Report of the Indian Hemp Drugs Commission, 1894-1895 - Volume V
Year: 1894
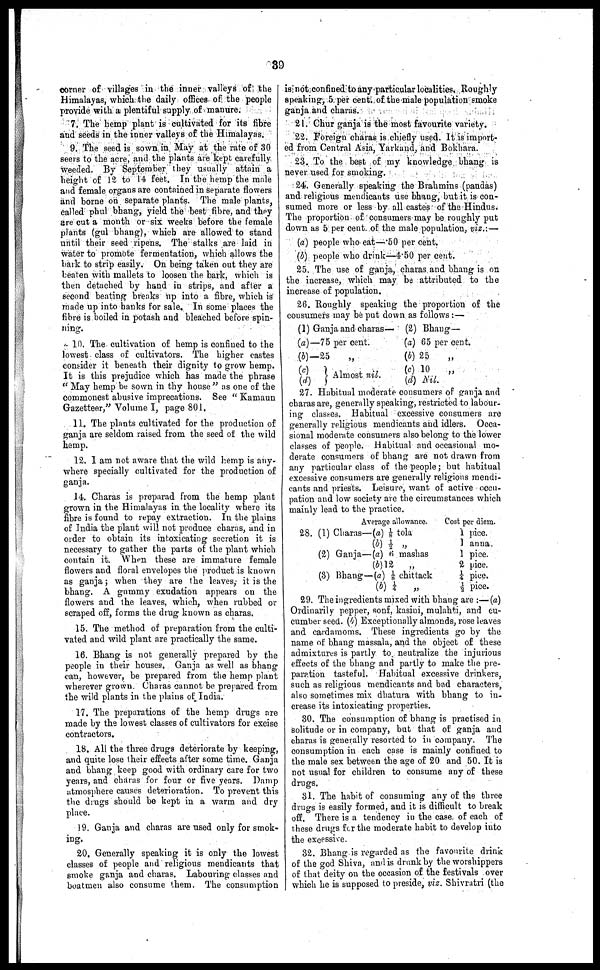
39
corner of villages in the inner valleys of the
Himalayas, which the daily offices of the people
provide with a plentiful supply of manure.
7. The hemp plant is cultivated for its fibre
and seeds in the inner valleys of the Himalayas.
9. The seed is sown in May at the rate of 30
seers to the acre, and the plants are kept carefully
weeded. By September they usually attain a
height of 12 to 14 feet. In the hemp the male
and female organs are contained in separate flowers
and borne on separate plants. The male plants,
called phul bhang, yield the best fibre, and they
are cut a month or six weeks before the female
plants (gul bhang), which are allowed to stand
until their 6eed ripens. The stalks are laid in
water to promote fermentation, which allows the
bark to strip easily. On being taken out they are
beaten with mallets to loosen the bark, which is
then detached by hand in strips, and after a
second beating breaks up into a fibre, which is
made up into hanks for sale. In some places the
fibre is boiled in potash and bleached before spin
ning.
10. The cultivation of hemp is confined to the
lowest class of cultivators. The higher castes
consider it beneath their dignity to grow hemp.
It is this prejudice which has made the phrase
"May hemp be sown in thy house" as one of the
commonest abusive imprecations. See "Kamaun
Gazetteer," Volume I, page 801.
11. The plants cultivated for the production of
ganja are seldom raised from the seed of the wild
hemp.
12. 1 am not aware that the wild hemp is any
where specially cultivated for the production of
ganja.
14. Charas is preparad from the hemp plant
f rown in the Himalayas in the locality where its
fibre is found to repay extraction. In the plains
of India the plant will not produce charas, and in
order to obtain its intoxicating secretion it is
necessary to gather the parts of the plant which
contain it. When these are immature female
flowers and floral envelopes the product is known
as ganja; when they are the leaves, it is the
bhang. A gummy exudation appears on the
flowers and the leaves, which, when rubbed or
scraped off, forms the drug known as charas.
15. The method of preparation from the culti
vated and wild plant are practically the same.
16. Bhang is not generally prepared by the
people in their houses. Ganja as well as bhang
can, however, be prepared from the hemp plant
wherever grown. Charas cannot be prepared from
the wild plants in the plains of India.
17. The preparations of the hemp drugs are
made by the lowest classes of cultivators for excise
contractors.
18. All the three drugs deteriorate by keeping,
and quite lose their effects after some time. Ganja
and bhang keep good with ordinary care for two
years, and charas for four or five years. Damp
atmosphere causes deterioration. To prevent this
the drugs should be kept in a warm and dry
place.
19. Ganja and charas are used only for smok
ing.
20. Generally speaking it is only the lowest
classes of people and religious mendicants that
smoke ganja and charas. Labouring classes and
boatmen also consume them. The consumption
is not confined to any particular localities. Roughly
speaking, 5 per cent. of the male population smoke
ganja and charas.
21. Chur ganja is the most favourite variety.
22. Foreign charas is chiefly used. It is import
ed from Central Asia, Yarkand, and Bokhara.
23. To the best of my knowledge bhang is
never U6ed for smoking.
24. Generally speaking the Brahmins (pandas)
and religious mendicants use bhang, but it is con
sumed more or less by all castes of the Hindus.
The proportion of consumers may be roughly put
down as 5 per cent. of the male population, viz.:—
(a) people who eat—.50 per cent.
(b) people who drink—4.50 per cent.
25. The use of ganja, charas and bhang is on
the increase, which may be attributed to the
increase of population.
26. Roughly speaking the proportion of the
consumers may be put down as follows :—
(1) Ganja and charas—
(a)—75 per cent.
(b)-25
„
(c) Almost nil.
(d)
(2) Bhang-
(a) 65 per cent.
(b) 25 „
(c) 10
„
(d) Nil.
27. Habitual moderate consumers of ganja and
charas are, generally speaking, restricted to labour
ing classes. Habitual excessive consumers are
generally religious mendicants and idlers. Occa
sional moderate consumers also belong to the lower
classes of people. Habitual and occasional mo
derate consumers of bhang are not drawn from
any particular class of the people ; but habitual
excessive consumers are generally religions mendi
cants and priests. Leisure, want of active occu
pation and low society are the circumstances which
mainly lead to the practice.
Average allowance.
28. (1) Charas—(a) ⅛ tola
(b) ½ „
(2) Ganja—(a) 6 mashas
(b) 12
„
(3) Bhang—(a) ⅛ chittack
(b) ¼ „
Cost per diem.
1 pice.
1 anna.
1 pice.
2 pice.
¼ pice.
½ pice.
29. The ingredients mixed with bhang are :—(a)
Ordinarily pepper, sonf, kasini, mulahti, and cu
cumber seed. (4) Exceptionally almonds, rose leaves
and cardamoms. These ingredients go by the
name of bhang massala, and the object of these
admixtures is partly to. neutralize the injurious
effects of the bhang and partly to make the pre
paration tasteful. Habitual excessive drinkers,
such as religious mendicants and bad characters,
also sometimes mix dhatura with bhang to in
crease its intoxicating properties.
30. The consumption of bhang is practised in
solitude or in company, but that of ganja and
charas is generally resorted to in company. The
consumption in each case is mainly confined to
the male sex between the age of 20 and 50. It is
not usual for children to consume any of these
drugs.
31. The habit of consuming any of the three
drugs is easily formed, and it is difficult to break
off. There is a tendency in the case of each of
these drugs for the moderate habit to develop into
the excessive.
32. Bhang is regarded as the favourite drink
of the god Shiva, and is drunk by the worshippers
of that deity on the occasion of the festivals over
which he is supposed to preside, viz. Shivratri (the